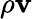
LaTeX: \rho\textbf{v}